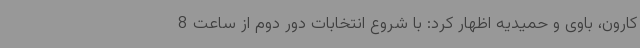
کارون، باوی و حمیدیه اظهار کرد: با شروع انتخابات دور دوم از ساعت 8